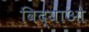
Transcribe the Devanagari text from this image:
विद्याओ